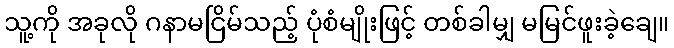
သူ့ကို အခုလို ဂနာမငြိမ်သည့် ပုံစံမျိုးဖြင့် တစ်ခါမျှ မမြင်ဖူးခဲ့ချေ။